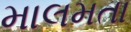
માલમતા